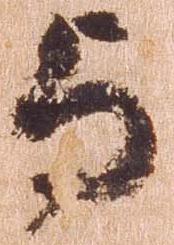
与